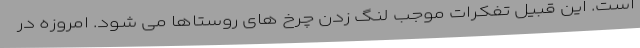
است. این قبیل تفکرات موجب لنگ زدن چرخ های روستاها می شود. امروزه در